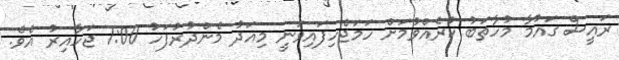
ރައީސް ގައުމާ މުހާތަބު ކުރެއްވުމަށް ހަމަޖެހިފައިވަނީ މިއަދު މެންދުރުފަހު 1:00 ޖަހާއިރު އެވެ.